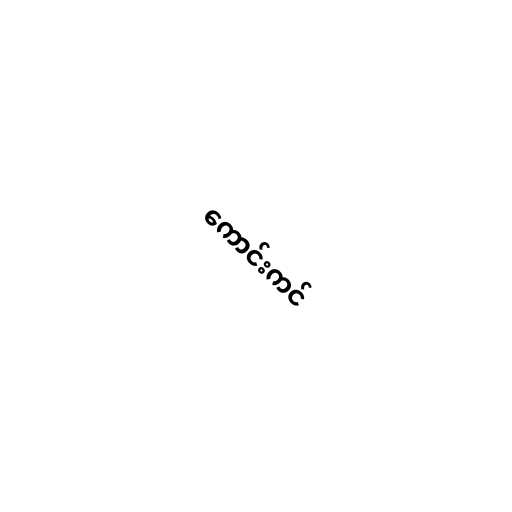
ကောင်းကင်